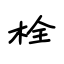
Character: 栓